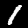
Label: 1